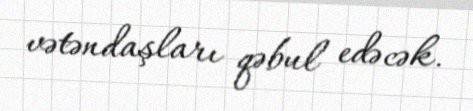
vətəndaşları qəbul edəcək.